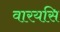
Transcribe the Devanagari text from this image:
वारयसि